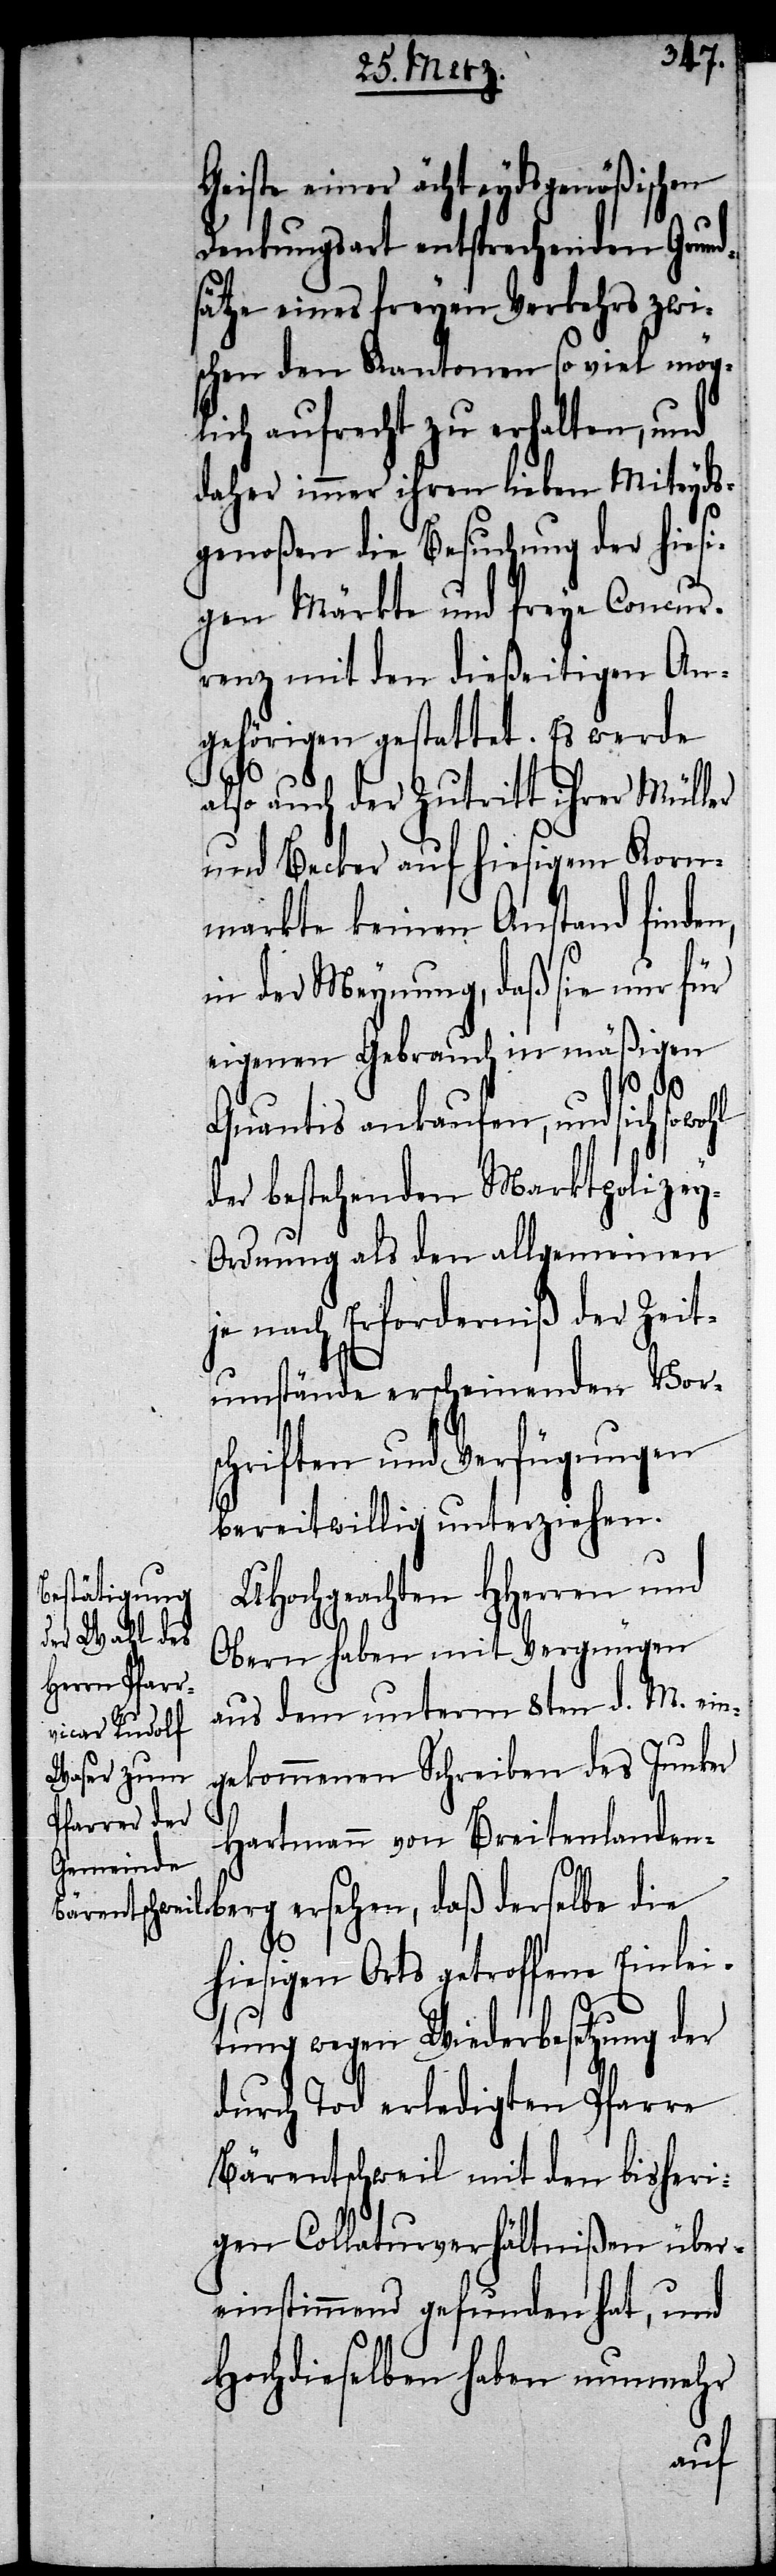
Geiste einer ächt eydsgenößischen
Denkungsart entsprechenden Grund¬
sätze eines freyen Verkehrs zwis¬
chen den Kantonen so viel mög¬
lich aufrecht zu erhalten, und
daher immer ihren lieben Miteyds¬
genoßen die Besuchung der hiesi¬
gen Märkte und freye Concur¬
renz mit den dießeitigen An¬
gehörigen gestattet. Es werde
also auch der Zutritt ihrer Müller
und Becker auf hiesigem Korn¬
markte keinen Anstand finden,
in der Meynung, daß sie nur für
eigenen Gebrauch in mäßigen
Quantis ankaufen, und sich sowohl
der bestehenden Marktpolize¬
y-Ordnung als den allgemeinen
je nach Erforderniß der Zeit¬
umstände erscheinenden Vors¬
chriften und Verfügungen
bereitwillig unterziehen.
UHochgeachten HHerren und
Obern haben mit Vergnügen
aus dem unterm 8ten d. M. ein¬
gekommenen Schreiben des Junker
Hartmann von Breitenlanden¬
berg ersehen, daß derselbe die
hiesigen Orts getroffene Einlei¬
tung wegen Wiederbesetzung der
durch Tod erledigten Pfarre
Bärentschweil mit den bisheri¬
gen Collaturverhältnißen über¬
einstimmend gefunden hat, und
Hochdieselben haben nunmehr